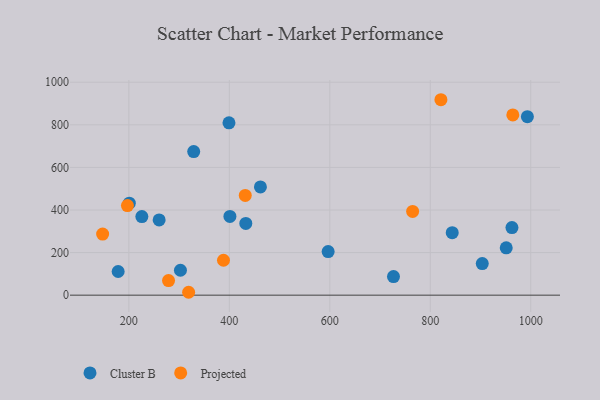
{"axis": {"x": "Experience", "y": "Sales"}, "legend": ["Cluster B", "Projected"], "data": [{"x": "178.7", "y": 111.2, "type": "Cluster B"}, {"x": "260.3", "y": 353.5, "type": "Cluster B"}, {"x": "399.3", "y": 809.3, "type": "Cluster B"}, {"x": "726.8", "y": 87.3, "type": "Cluster B"}, {"x": "302.7", "y": 117.1, "type": "Cluster B"}, {"x": "843.7", "y": 293.6, "type": "Cluster B"}, {"x": "432.8", "y": 336.8, "type": "Cluster B"}, {"x": "401.2", "y": 369.9, "type": "Cluster B"}, {"x": "329.1", "y": 674.4, "type": "Cluster B"}, {"x": "903.5", "y": 148.6, "type": "Cluster B"}, {"x": "993.3", "y": 838.4, "type": "Cluster B"}, {"x": "596.7", "y": 204.5, "type": "Cluster B"}, {"x": "461.9", "y": 508.1, "type": "Cluster B"}, {"x": "962.6", "y": 317.3, "type": "Cluster B"}, {"x": "225.9", "y": 368.9, "type": "Cluster B"}, {"x": "200.9", "y": 431.9, "type": "Cluster B"}, {"x": "951.2", "y": 222.2, "type": "Cluster B"}, {"x": "147.8", "y": 287.1, "type": "Projected"}, {"x": "388.4", "y": 164.0, "type": "Projected"}, {"x": "197.2", "y": 420.8, "type": "Projected"}, {"x": "764.9", "y": 393.4, "type": "Projected"}, {"x": "279.0", "y": 68.5, "type": "Projected"}, {"x": "821.2", "y": 917.8, "type": "Projected"}, {"x": "964.3", "y": 846.6, "type": "Projected"}, {"x": "319.0", "y": 13.6, "type": "Projected"}, {"x": "431.7", "y": 468.6, "type": "Projected"}]}